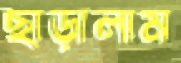
ছাড়ালাম